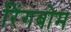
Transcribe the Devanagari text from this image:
रिंगबोम